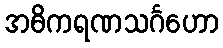
အဓိကရဏသင်္ဂဟော